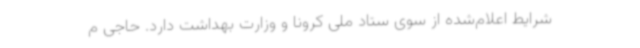
شرایط اعلام‌شده از سوی ستاد ملی کرونا و وزارت بهداشت دارد. حاجی م